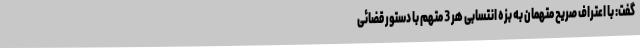
گفت: با اعتراف صریح متهمان به بزه انتسابی هر 3 متهم با دستور قضائی